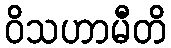
ဝိသဟာမီတိ